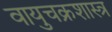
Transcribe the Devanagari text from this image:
वायुचक्रशास्त्र